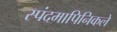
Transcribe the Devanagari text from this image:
स्पंदमापिनिकले